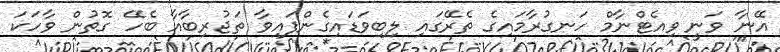
އޭނާ ވަނީ ވިއެޓްނާމް ހަނގުރާމައިގެ ތެރޭގައި ލިބިވަޑައިގެންފައިވާ ތަޖުރިބާއާ ބެހޭ ގޮތުން ވާހަކަ